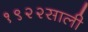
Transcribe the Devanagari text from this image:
१९२२साली